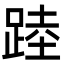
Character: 踛